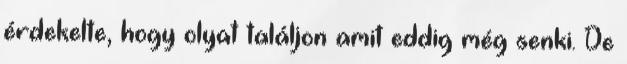
érdekelte, hogy olyat találjon amit eddig még senki. De